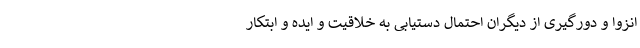
انزوا و دورگیری از دیگران احتمال دستیابی به خلاقیت و ایده و ابتکار